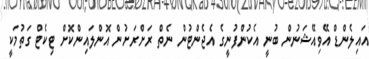
އައިލެންޑް އޭވިއޭޝަނުން ބުނީ އެކުންފުނީގެ އެޖެންޓުން ނެތް ރަށްރަށުން އޮންލައިންކޮށް ޓިކެޓް ގަތުމަކީ